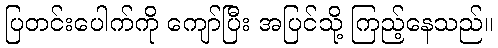
ပြတင်းပေါက်ကို ကျော်ပြီး အပြင်သို့ ကြည့်နေသည်။